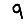
Digit: 9